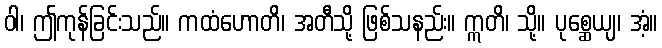
ဝါ၊ ဤကုန်ခြင်းသည်။ ကထံဟောတိ၊ အတီသို့ ဖြစ်သနည်း။ ဣတိ၊ သို့။ ပုစ္ဆေယျ၊ အံ့။